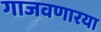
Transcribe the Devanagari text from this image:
गाजवणारया